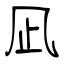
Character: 凪